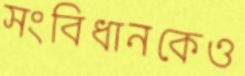
সংবিধানকেও